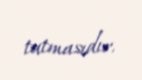
tutmasıdır.